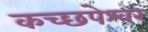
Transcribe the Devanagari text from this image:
कच्छपेश्वर